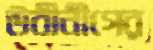
উবীনীগের